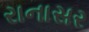
રાનાસર